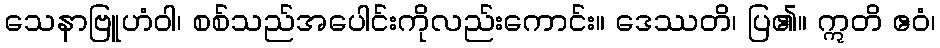
သေနာဗြူဟံဝါ၊ စစ်သည်အပေါင်းကိုလည်းကောင်း။ ဒေဿတိ၊ ပြ၏။ ဣတိ ဧဝံ၊